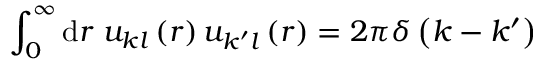
\int _ { 0 } ^ { \infty } \mathrm { d } r \; u _ { k l } \left( r \right) u _ { k ^ { \prime } l } \left( r \right) = 2 \pi \delta \left( k - k ^ { \prime } \right)